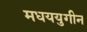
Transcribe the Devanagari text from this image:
मधययुगीन